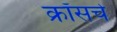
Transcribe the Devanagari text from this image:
क्रॉसचे